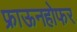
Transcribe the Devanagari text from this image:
फ्राऊनहोफर